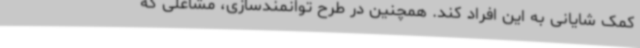
کمک شایانی به این افراد کند. همچنین در طرح توانمندسازی، مشاغلی که